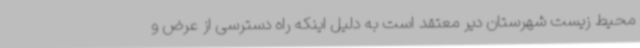
محیط زیست شهرستان دیر معتقد است به دلیل اینکه راه دسترسی از عرض و